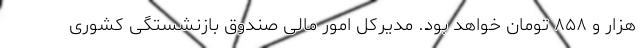
هزار و ۸۵۸ تومان خواهد بود. مدیرکل امور مالی صندوق بازنشستگی کشوری